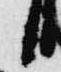
日